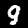
Digit: 9